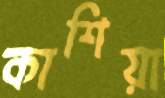
কাশিয়া